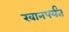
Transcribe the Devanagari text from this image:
खानपर्यंत